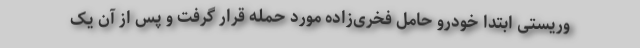
وریستی ابتدا خودرو حامل فخری‌زاده مورد حمله قرار گرفت و پس از آن یک